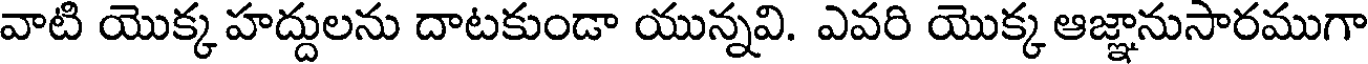
వాటి యొక్క హద్దులను దాటకుండా యున్నవి. ఎవరి యొక్క ఆజ్ఞానుసారముగా